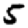
Digit: 5